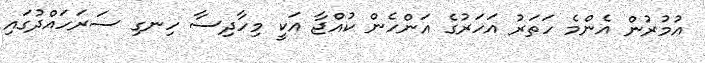
އުމުރުން އެންމެ ހަތަރު އަހަރުގެ އަންހެން ކުއްޖާ އަކީ މިހާދިސާ ހިނގި ސަރަހައްދުގައި